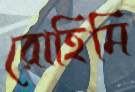
রোহিমি